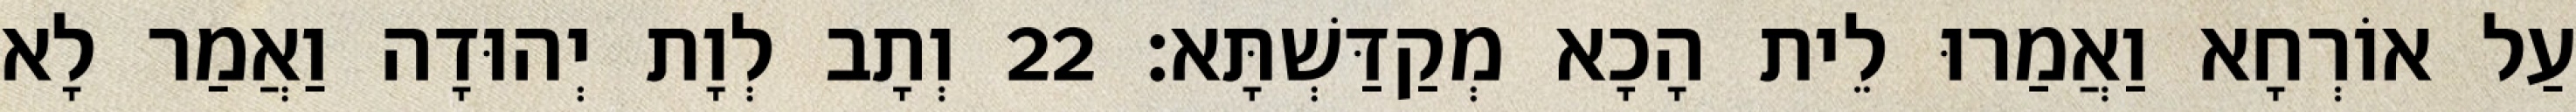
עַל אוֹרְחָא וַאֲמַרוּ לֵית הָכָא מְקַדַּשְׁתָּא׃ 22 וְתָב לְוָת יְהוּדָה וַאֲמַר לָא